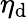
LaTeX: \eta_{\mathrm{d}}